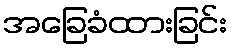
အခြေခံထားခြင်း